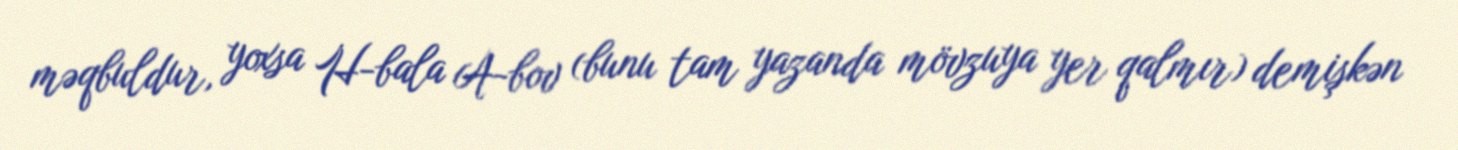
məqbuldur, yoxsa H-bala A-bov (bunu tam yazanda mövzuya yer qalmır) demişkən